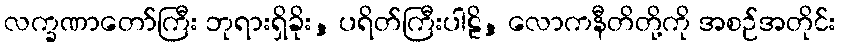
လက္ခဏာတော်ကြီး ဘုရားရှိခိုး, ပရိတ်ကြီးပါဠိ, လောကနီတိတို့ကို အစဉ်အတိုင်း